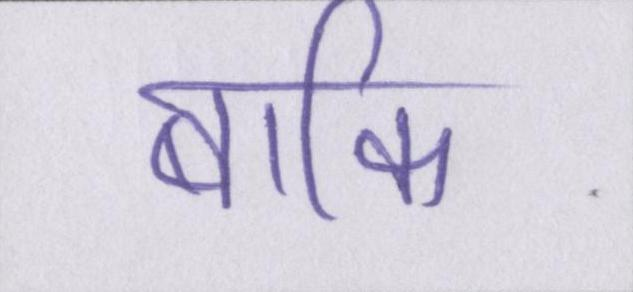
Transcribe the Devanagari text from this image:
बाकि